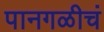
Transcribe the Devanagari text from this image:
पानगळीचं